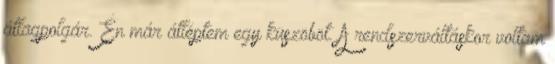
átlagpolgár. Én már átléptem egy küszöböt. A rendszerváltáskor voltam